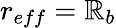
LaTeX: r_{eff}=\mathbb{R}_{b}